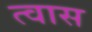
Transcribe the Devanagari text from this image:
त्वास